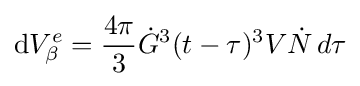
\mathrm {d} V_{\beta }^{e}={\frac {4\pi }{3}}{\dot {G}}^{3}(t-\tau )^{3}V{\dot {N}}\,d\tau